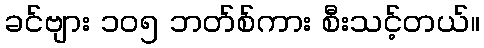
ခင်ဗျား ၁၀၅ ဘတ်စ်ကား စီးသင့်တယ်။